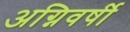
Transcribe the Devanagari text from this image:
अग्निवर्षी